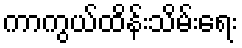
ကာကွယ်ထိန်းသိမ်းရေး